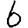
Digit: 6